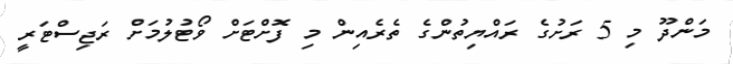
މަންދޫ މި 5 ރަށުގެ ރައްޔިތުންގެ ތެރެއިން މި ފޮށްޓަށް ވޯޓުލުމަށް ރަޖިސްޓަރީ